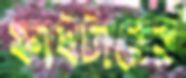
ফাইটারের